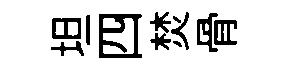
坦四焚骨